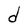
Character: d